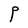
Character: P